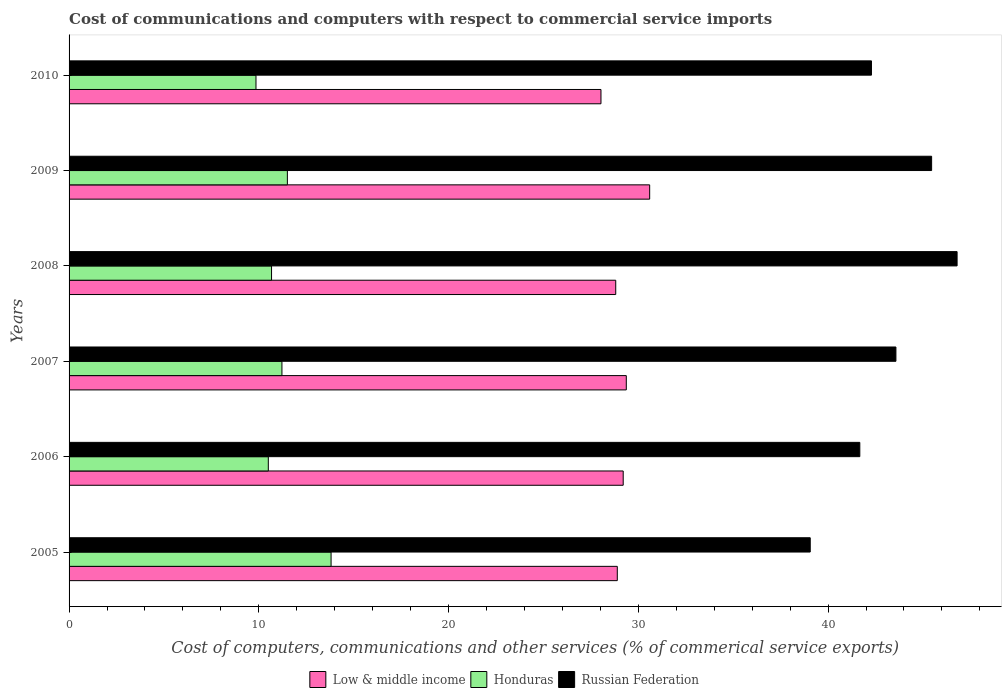
| Years | Low & middle income | Honduras | Russian Federation |
 | --- | --- | --- | --- |
 | 2005 | 28.9 | 13.8 | 39.1 |
 | 2006 | 29.2 | 10.5 | 41.7 |
 | 2007 | 29.4 | 11.2 | 43.6 |
 | 2008 | 28.8 | 10.7 | 46.8 |
 | 2009 | 30.6 | 11.5 | 45.5 |
 | 2010 | 28 | 9.85 | 42.3 |